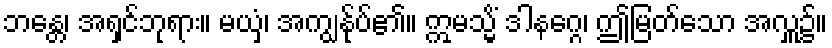
ဘန္တေ၊ အရှင်ဘုရား။ မယှံ၊ အကျွန်ုပ်၏။ ဣမသ္မိံ ဒါနဂ္ဂေ၊ ဤမြတ်သော အလှူ၌။